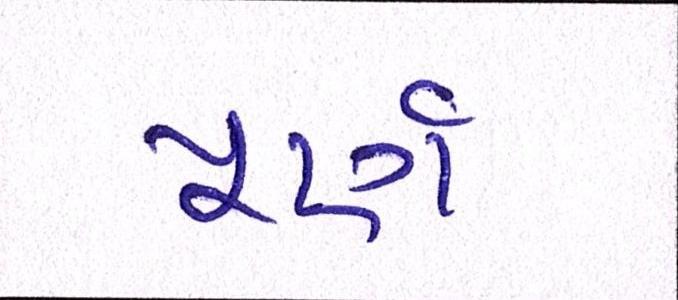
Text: પૂર્ણ